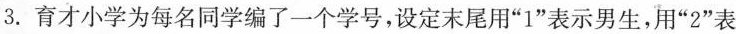
3.育才小学为每名同学编了一个学号，设定末尾用”1”表示男生，用”2”表